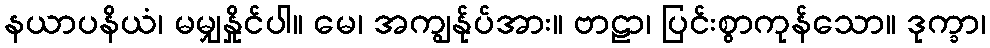
နယာပနိယံ၊ မမျှနှိုင်ပါ။ မေ၊ အကျွန်ုပ်အား။ ဗာဠာ၊ ပြင်းစွာကုန်သော။ ဒုက္ခာ၊